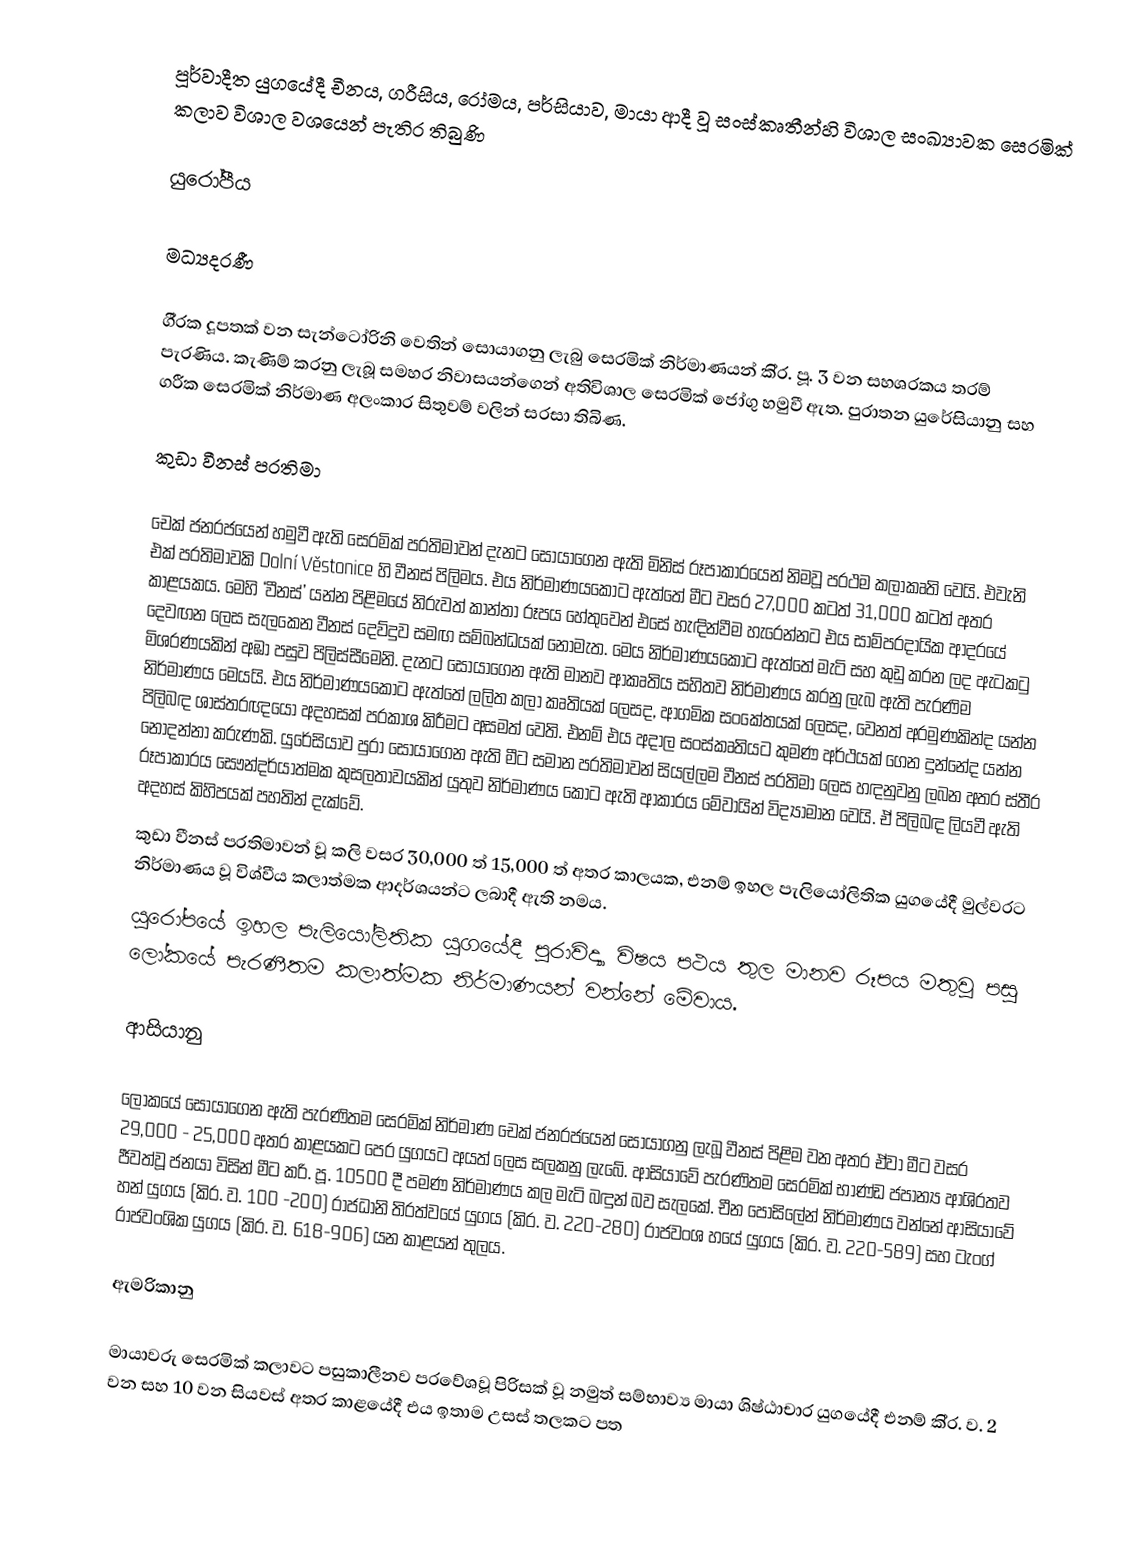
පූර්වාදීත යුගයේදී චීනය, ග‍්‍රීසිය, රෝමය, පර්සියාව, මායා ආදී වූ සංස්කෘතීන්හි විශාල සංඛ්‍යාවක සෙරමික් කලාව විශාල වශයෙන් පැතිර තිබුණි

යුරෝපීය

මධ්‍යදරණී

ගී‍්‍රක දූපතක් වන සැන්ටෝරිනි වෙතින් සොයාගනු ලැබු සෙරමික් නිර්මාණයන් කි‍්‍ර. පූ. 3 වන සහශ‍්‍රකය තරම් පැරණිය. කැණිම් කරනු ලැබූ සමහර නිවාසයන්ගෙන් අතිවිශාල සෙරමික් ජෝගු හමුවී ඇත. පුරාතන යුරේසියානු සහ ග‍්‍රීක සෙරමික් නිර්මාණ අලංකාර සිතුවම් වලින් සරසා තිබිණ.

කුඩා වීනස් ප‍්‍රතිමා

චෙක් ජනරජයෙන් හමුවී ඇති සෙරමික් ප‍්‍රතිමාවන් දැනට සොයාගෙන ඇති මිනිස් රූපාකාරයෙන් නිමවූ ප‍්‍රථම කලාකෘති වෙයි. එවැනි එක් ප‍්‍රතිමාවකි Dolní Věstonice හි වීනස් පිලිමය. එය නිර්මාණයකොට ඇත්තේ මීට වසර 27,000 කටත් 31,000 කටත් අතර කාළයකය. මෙහි ‘වීනස්’ යන්න පිළිමයේ නිරුවත් කාන්තා රූපය හේතුවෙන් එසේ හැඳින්වීම හැරෙන්නට එය සාම්ප‍්‍රදායික ආදරයේ දෙවඟන ලෙස සැලකෙන වීනස් දෙව්දුව සමඟ සම්බන්ධයක් නොමැත. මෙය නිර්මාණයකොට ඇත්තේ මැටි සහ කුඩු කරන ලද ඇටකටු මිශ‍්‍රණයකින් අඹා පසුව පිලිස්සීමෙනි. දැනට සොයාගෙන ඇති මානව ආකෘතිය සහිතව නිර්මාණය කරනු ලැබ ඇති පැරණිම නිර්මාණය මෙයයි. එය නිර්මාණයකොට ඇත්තේ ලලිත කලා කෘතියක් ලෙසද, ආගමික සංකේතයක් ලෙසද, වෙනත් අරමුණකින්ද යන්න පිලිබඳ ශාස්ත‍්‍රඥයෝ අදහසක් ප‍්‍රකාශ කිරීමට අසමත් වෙති. එනම් එය අදාල සංස්කෘතියට කුමණ අර්ථයක් ගෙන දුන්නේද යන්න නොදන්නා කරුණකි. යුරේසියාව පුරා සොයාගෙන ඇති මීට සමාන ප‍්‍රතිමාවන් සියල්ලම වීනස් ප‍්‍රතිමා ලෙස හඳනුවනු ලබන අතර ස්තී‍්‍ර රූපාකාරය සෞන්දර්යාත්මක කුසලතාවයකින් යුතුව නිර්මාණය කොට ඇති ආකාරය මේවායින් විද්‍යාමාන වෙයි. ඒ පිලිබඳ ලියවී ඇති අදහස් කිහිපයක් පහතින් දැක්වේ.
කුඩා වීනස් ප‍්‍රතිමාවන් වූ කලි වසර 30,000 ත් 15,000 ත් අතර කාලයක, එනම් ඉහල පැලියෝලිතික යුගයේදී මුල්වරට නිර්මාණය වූ විශ්වීය කලාත්මක ආදර්ශයන්ට ලබාදී ඇති නමය.
	යුරෝපයේ ඉහල පැලියෝලිතික යුගයේදී පුරාවිද්‍යා විෂය පථය තුල මානව රූපය මතුවූ පසු ලෝකයේ පැරණීතම කලාත්මක නිර්මාණයන් වන්නේ මේවාය.

ආසියානු

ලෝකයේ සොයාගෙන ඇති පැරණිතම සෙරමික් නිර්මාණ චෙක් ජනරජයෙන් සොයාගනු ලැබූ වීනස් පිළිම වන අතර ඒවා මීට වසර 29,000 - 25,000 අතර කාළයකට පෙර යුගයට අයත් ලෙස සලකනු ලැබේ. ආසියාවේ පැරණිතම සෙරමික් භාණ්ඩ ජපාන්‍ය ආශි‍්‍රතව ජීවත්වූ ජනයා විසින් මීට ක‍්‍රි. පූ. 10500 දී පමණ නිර්මාණය කල මැටි බඳුන් බව සැලකේ. චීන පෝසිලේන් නිර්මාණය වන්නේ ආසියාවේ හන් යුගය (කි‍්‍ර. ව. 100 -200)  රාජධානි ති‍්‍රත්වයේ යුගය (කි‍්‍ර. ව. 220-280) රාජවංශ හයේ යුගය (කි‍්‍ර. ව. 220-589) සහ ටැංග් රාජවංශික යුගය (කි‍්‍ර. ව. 618-906) යන කාළයන් තුලය.

ඇමරිකානු

මායාවරු සෙරමික් කලාවට පසුකාලීනව ප‍්‍රවේශවූ පිරිසක් වූ නමුත් සම්භාව්‍ය මායා ශිෂ්ඨාචාර යුගයේදී එනම් කි‍්‍ර. ව. 2 වන සහ 10 වන සියවස් අතර කාළයේදී එය ඉතාම උසස් තලකට පත